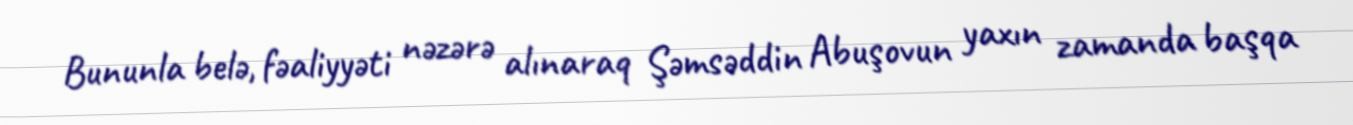
Bununla belə, fəaliyyəti nəzərə alınaraq Şəmsəddin Abuşovun yaxın zamanda başqa